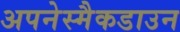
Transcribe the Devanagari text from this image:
अपनेस्मैकडाउन